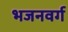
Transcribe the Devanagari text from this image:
भजनवर्ग